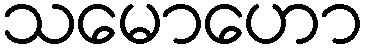
သမောဟော